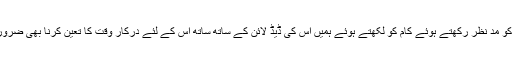
اس بات کو مدِ نظر رکھتے ہوئے کام کو لکھتے ہوئے ہمیں اُس کی ڈیڈ لائن کے ساتھ ساتھ اُس کے لئے درکار وقت کا تعین کرنا بھی ضروری ہے ۔